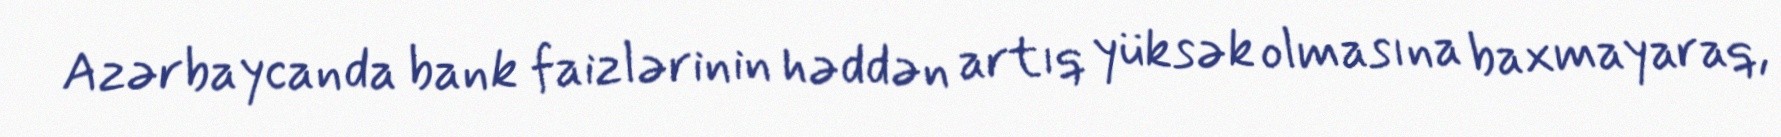
Azərbaycanda bank faizlərinin həddən artıq yüksək olmasına baxmayaraq,